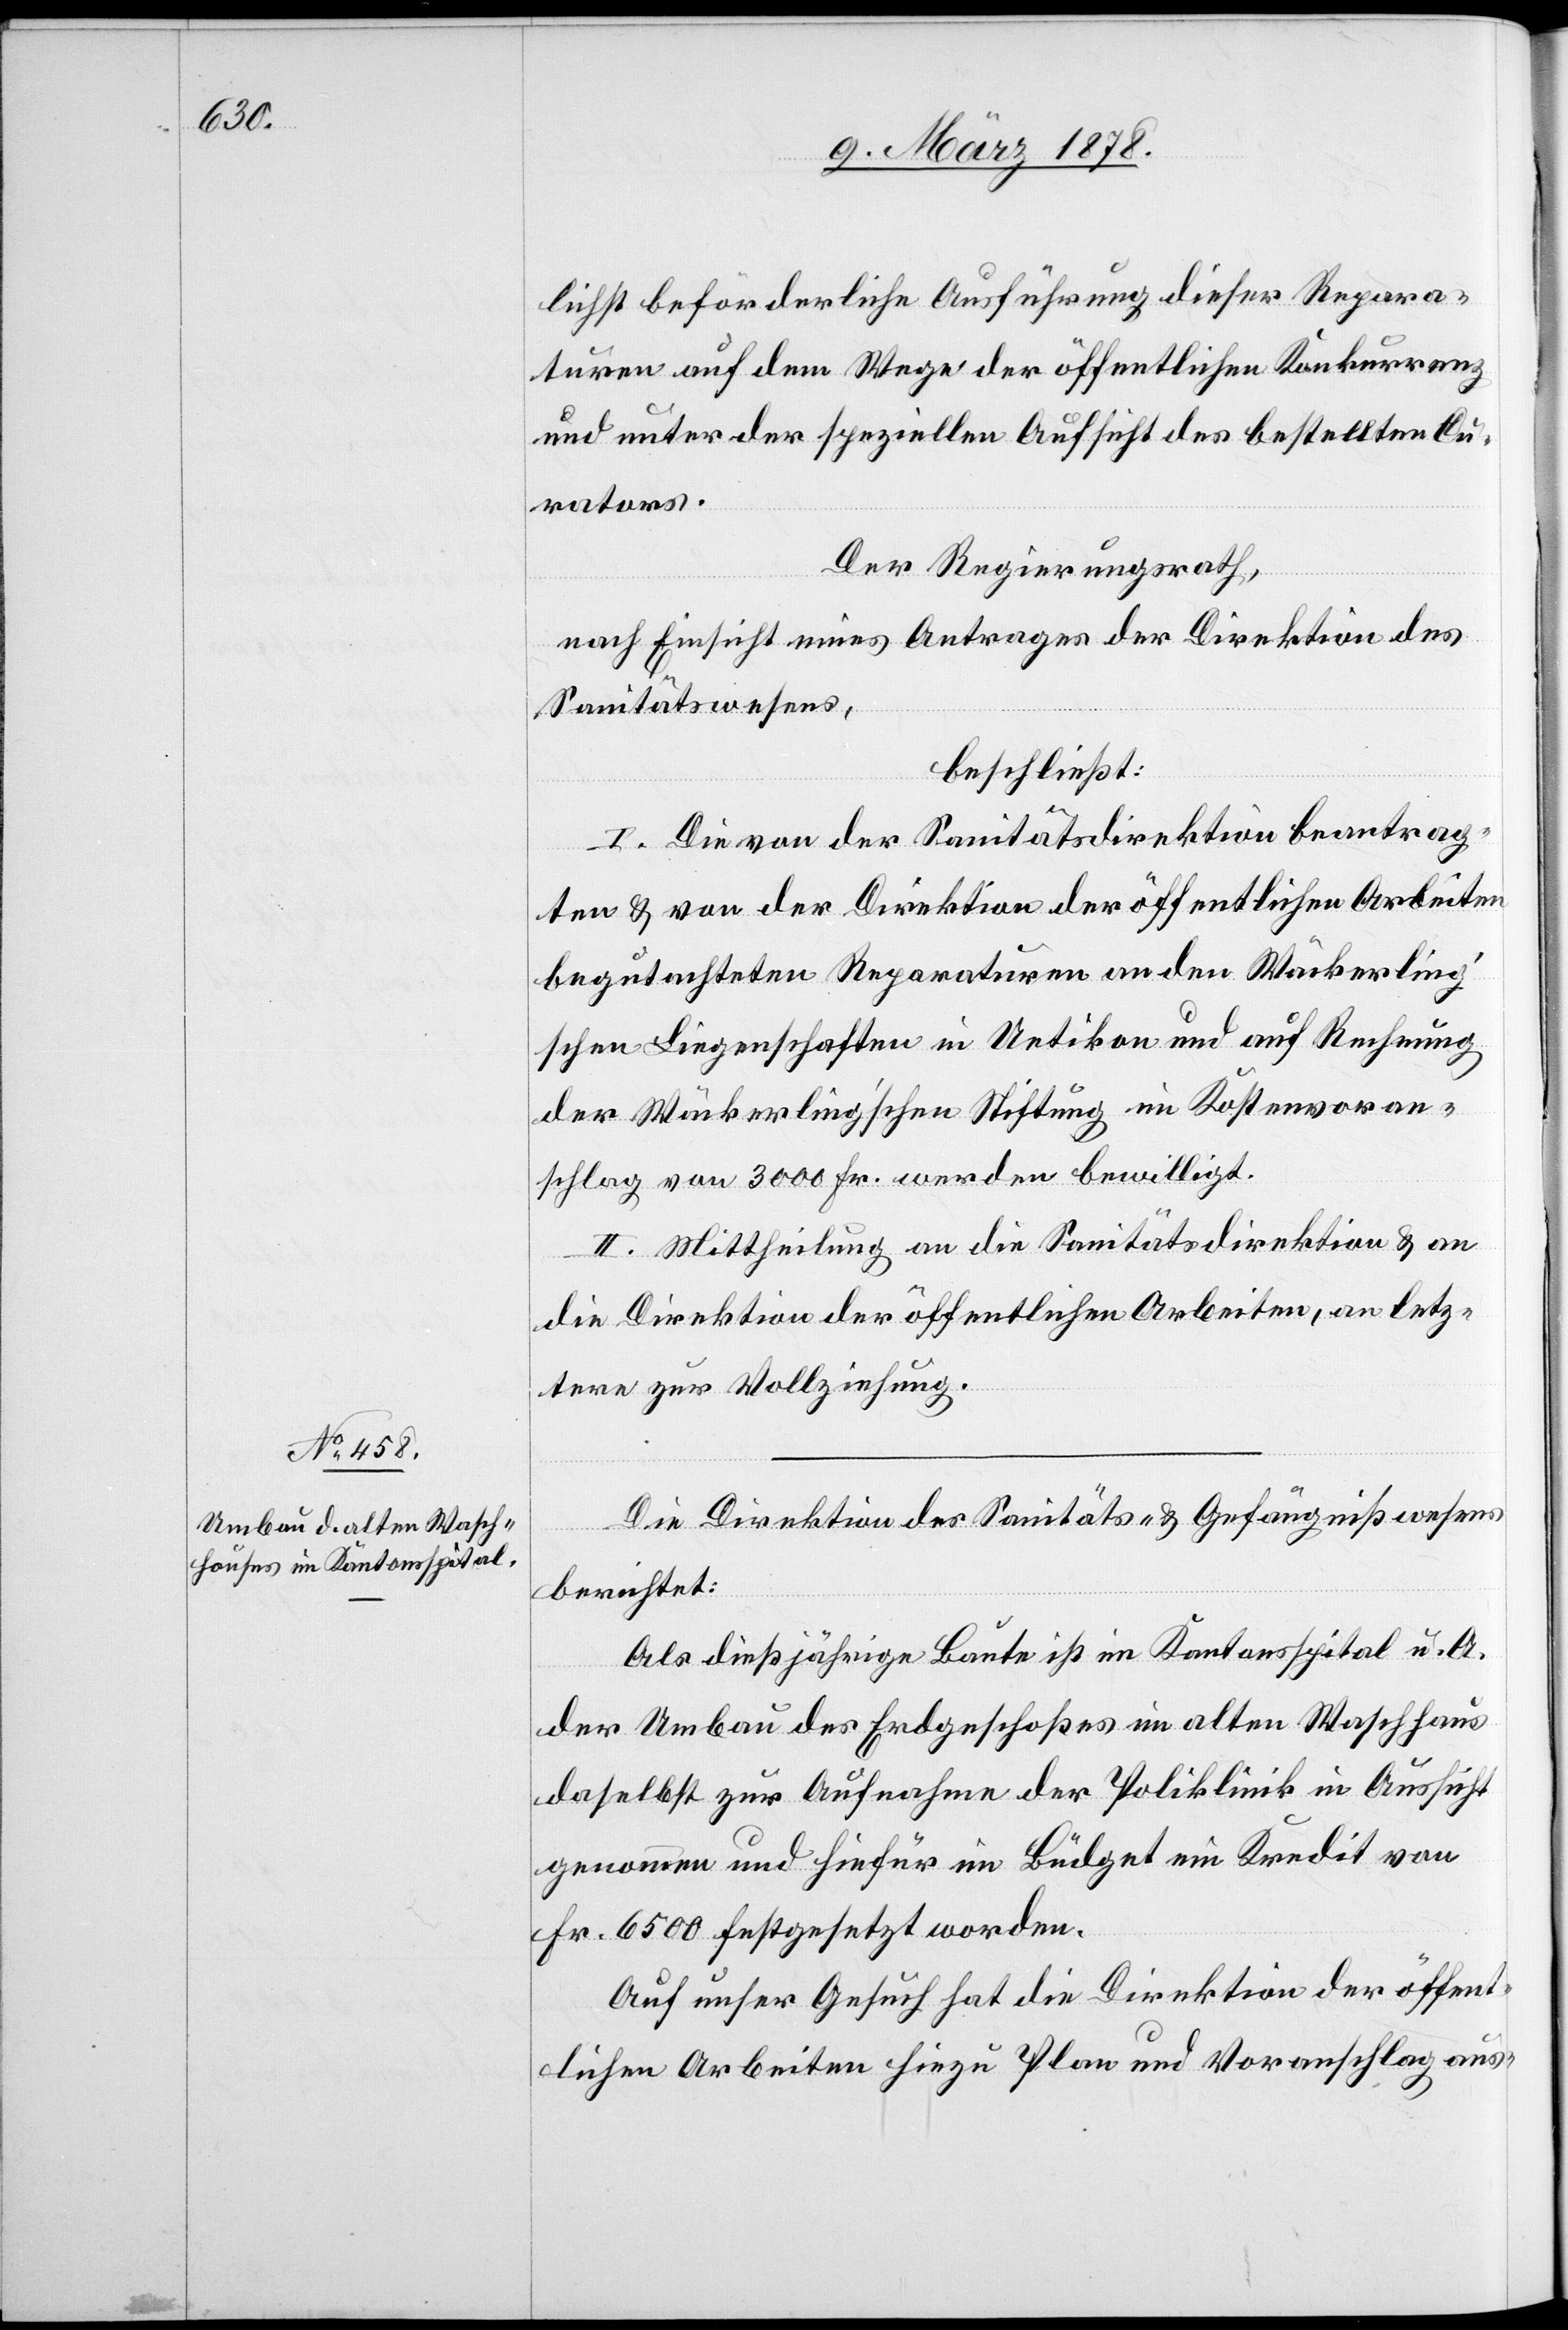
lichst beförderliche Ausführung dieser Repara¬
turen auf dem Wege der öffentlichen Konkurrenz
und unter der speziellen Aufsicht des bestellten Cu¬
rators.
Der Regierungsrath,
nach Einsicht eines Antrages der Direktion des
Sanitätswesens,
beschließt:
I. Die von der Sanitätsdirektion beantrag¬
ten & von der Direktion der öffentlichen Arbeiten
begutachteten Reparaturen an den Wäckerlin¬
g’schen Liegenschaften in Uetikon und auf Rechnung
der Wäckerling’schen Stiftung im Kostenvoran¬
schlag von 3000 Fr. werden bewilligt.
II. Mittheilung an die Sanitätsdirektion & an
die Direktion der öffentlichen Arbeiten, an letz¬
tere zur Vollziehung.
Die Direktion des Sanitäts- & Gefängnißwesens
berichtet:
Als dießjährige Baute ist im Kantonsspital u. A.
der Umbau des Erdgeschoßes im alten Waschhaus
daselbst zur Aufnahme der Poliklinik in Aussicht
genommen und hiefür im Büdget ein Kredit von
Fr. 6500 festgesetzt worden.
Auf unser Gesuch hat die Direktion der öffent¬
lichen Arbeiten hiezu Plan und Voranschlag aus-